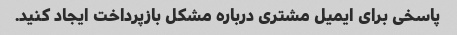
پاسخی برای ایمیل مشتری درباره مشکل بازپرداخت ایجاد کنید.